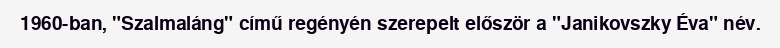
1960-ban, "Szalmaláng" című regényén szerepelt először a "Janikovszky Éva" név.